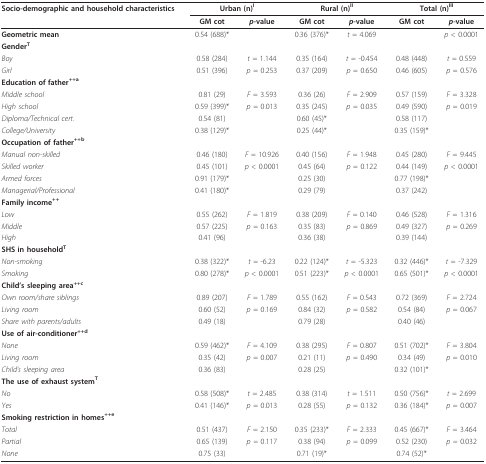
<table><thead><tr><td><b>Socio-demographic and household characteristics</b></td><td colspan="2"><b>Urban (n)<sup>I</sup></b></td><td colspan="2"><b>Rural (n)<sup>II</sup></b></td><td colspan="2"><b>Total (n)<sup>III</sup></b></td></tr><tr><td></td><td><b>GM cot</b></td><td><b><i>p</i>-value</b></td><td><b>GM cot</b></td><td><b><i>p</i>-value</b></td><td><b>GM cot</b></td><td><b><i>p</i>-value</b></td></tr></thead><tbody><tr><td><b>Geometric mean</b></td><td>0.54 (688)*</td><td></td><td>0.36 (376)*</td><td><i>t </i>= 4.069</td><td></td><td><i>p </i>&lt; 0.0001</td></tr><tr><td><b>Gender<sup>T </sup></b></td><td></td><td></td><td></td><td></td><td></td><td></td></tr><tr><td><i>Boy</i></td><td>0.58 (284)</td><td><i>t </i>= 1.144</td><td>0.35 (164)</td><td><i>t </i>= -0.454</td><td>0.48 (448)</td><td><i>t </i>= 0.559</td></tr><tr><td><i>Girl</i></td><td>0.51 (396)</td><td><i>p </i>= 0.253</td><td>0.37 (209)</td><td><i>p </i>= 0.650</td><td>0.46 (605)</td><td><i>p </i>= 0.576</td></tr><tr><td><b>Education of father<sup>++a </sup></b></td><td></td><td></td><td></td><td></td><td></td><td></td></tr><tr><td><i>Middle school</i></td><td>0.81 (29)</td><td><i>F </i>= 3.593</td><td>0.36 (26)</td><td><i>F </i>= 2.909</td><td>0.57 (159)</td><td><i>F </i>= 3.328</td></tr><tr><td><i>High school</i></td><td>0.59 (399)*</td><td><i>p </i>= 0.013</td><td>0.35 (245)</td><td><i>p </i>= 0.035</td><td>0.49 (590)</td><td><i>p </i>= 0.019</td></tr><tr><td><i>Diploma/Technical cert</i>.</td><td>0.54 (81)</td><td></td><td>0.60 (45)*</td><td></td><td>0.58 (117)</td><td></td></tr><tr><td><i>College/University</i></td><td>0.38 (129)*</td><td></td><td>0.25 (44)*</td><td></td><td>0.35 (159)*</td><td></td></tr><tr><td><b>Occupation of father<sup>++b </sup></b></td><td></td><td></td><td></td><td></td><td></td><td></td></tr><tr><td><i>Manual non-skilled</i></td><td>0.46 (180)</td><td><i>F </i>= 10.926</td><td>0.40 (156)</td><td><i>F </i>= 1.948</td><td>0.45 (280)</td><td><i>F </i>= 9.445</td></tr><tr><td><i>Skilled worker</i></td><td>0.45 (101)</td><td><i>p </i>&lt; 0.0001</td><td>0.45 (64)</td><td><i>p </i>= 0.122</td><td>0.44 (149)</td><td><i>p </i>&lt; 0.0001</td></tr><tr><td><i>Armed forces</i></td><td>0.91 (179)*</td><td></td><td>0.25 (30)</td><td></td><td>0.77 (198)*</td><td></td></tr><tr><td><i>Managerial/Professional </i></td><td>0.41 (180)*</td><td></td><td>0.29 (79)</td><td></td><td>0.37 (242)</td><td></td></tr><tr><td><b>Family income<sup>++</sup></b></td><td></td><td></td><td></td><td></td><td></td><td></td></tr><tr><td><i>Low </i></td><td>0.55 (262)</td><td><i>F </i>= 1.819</td><td>0.38 (209)</td><td><i>F </i>= 0.140</td><td>0.46 (528)</td><td><i>F </i>= 1.316</td></tr><tr><td><i>Middle </i></td><td>0.57 (225)</td><td><i>p </i>= 0.163</td><td>0.35 (83)</td><td><i>p </i>= 0.869</td><td>0.49 (327)</td><td><i>p </i>= 0.269</td></tr><tr><td><i>High </i></td><td>0.41 (96)</td><td></td><td>0.36 (38)</td><td></td><td>0.39 (144)</td><td></td></tr><tr><td><b>SHS in household<sup>T </sup></b></td><td></td><td></td><td></td><td></td><td></td><td></td></tr><tr><td><i>Non-smoking</i></td><td>0.38 (322)*</td><td><i>t </i>= -6.23</td><td>0.22 (124)*</td><td><i>t </i>= -5.323</td><td>0.32 (446)*</td><td><i>t </i>= -7.329</td></tr><tr><td><i>Smoking</i></td><td>0.80 (278)*</td><td><i>p </i>&lt; 0.0001</td><td>0.51 (223)*</td><td><i>p </i>&lt; 0.0001</td><td>0.65 (501)*</td><td><i>p </i>&lt; 0.0001</td></tr><tr><td><b>Child&#x27;s sleeping area<sup>++c</sup></b></td><td></td><td></td><td></td><td></td><td></td><td></td></tr><tr><td><i>Own room/share siblings</i></td><td>0.89 (207)</td><td><i>F </i>= 1.789</td><td>0.55 (162)</td><td><i>F </i>= 0.543</td><td>0.72 (369)</td><td><i>F </i>= 2.724</td></tr><tr><td><i>Living room</i></td><td>0.60 (52)</td><td><i>p </i>= 0.169</td><td>0.84 (32)</td><td><i>p </i>= 0.582</td><td>0.54 (84)</td><td><i>p </i>= 0.067</td></tr><tr><td><i>Share with parents/adults</i></td><td>0.49 (18)</td><td></td><td>0.79 (28)</td><td></td><td>0.40 (46)</td><td></td></tr><tr><td><b>Use of air-conditioner<sup>++d </sup></b></td><td></td><td></td><td></td><td></td><td></td><td></td></tr><tr><td><i>None</i></td><td>0.59 (462)*</td><td><i>F </i>= 4.109</td><td>0.38 (295)</td><td><i>F </i>= 0.807</td><td>0.51 (702)*</td><td><i>F </i>= 3.804</td></tr><tr><td><i>Living room</i></td><td>0.35 (42)</td><td><i>p </i>= 0.007</td><td>0.21 (11)</td><td><i>p </i>= 0.490</td><td>0.34 (49)</td><td><i>p </i>= 0.010</td></tr><tr><td><i>Child&#x27;s sleeping area</i></td><td>0.36 (83)</td><td></td><td>0.28 (25)</td><td></td><td>0.32 (101)*</td><td></td></tr><tr><td><b>The use of exhaust system<sup>T </sup></b></td><td></td><td></td><td></td><td></td><td></td><td></td></tr><tr><td><i>No</i></td><td>0.58 (508)*</td><td><i>t </i>= 2.485</td><td>0.38 (314)</td><td><i>t </i>= 1.511</td><td>0.50 (756)*</td><td><i>t </i>= 2.699</td></tr><tr><td><i>Yes</i></td><td>0.41 (146)*</td><td><i>p </i>= 0.013</td><td>0.28 (55)</td><td><i>p </i>= 0.132</td><td>0.36 (184)*</td><td><i>p </i>= 0.007</td></tr><tr><td><b>Smoking restriction in homes<sup>++e</sup></b></td><td></td><td></td><td></td><td></td><td></td><td></td></tr><tr><td><i>Total</i></td><td>0.51 (437)</td><td><i>F </i>= 2.150</td><td>0.35 (233)*</td><td><i>F </i>= 2.333</td><td>0.45 (667)*</td><td><i>F </i>= 3.464</td></tr><tr><td><i>Partial</i></td><td>0.65 (139)</td><td><i>p = </i>0.117</td><td>0.38 (94)</td><td><i>p = </i>0.099</td><td>0.52 (230)</td><td><i>p = </i>0.032</td></tr><tr><td><i>None</i></td><td>0.75 (33)</td><td></td><td>0.71 (19)*</td><td></td><td>0.74 (52)*</td><td></td></tr></tbody></table>